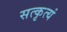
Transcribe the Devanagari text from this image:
सत्कृत्यं